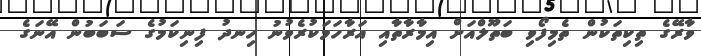
ވާރޭގެ ތިކިތަކުން ތެމިފޯވި ބަތޫލްއަށް އިމާރާތާއި އަރާހަމަކުރެވުނު ހިނދު ފިނިކަމުގެ ސަބަބުން އޭނަގެ